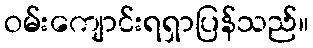
ဝမ်းကျောင်းရရှာပြန်သည်။